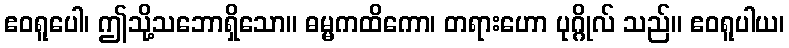
ဧဝရူပေါ၊ ဤသို့သဘောရှိသော။ ဓမ္မကထိကော၊ တရားဟော ပုဂ္ဂိုလ် သည်။ ဧဝရူပါယ၊